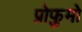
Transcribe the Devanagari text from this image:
प्रोफुमो